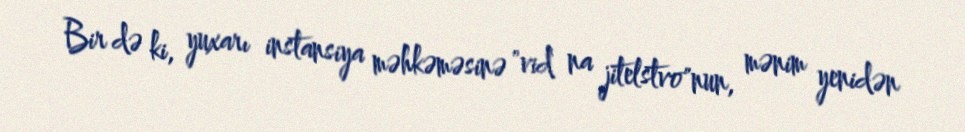
Bir də ki, yuxarı instansiya məhkəməsinə "vid na jitelstvo"nun, mənim yenidən